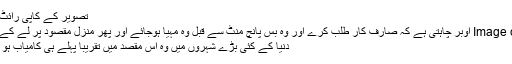
تصویر کے کاپی رائٹ UBER
Image caption اوبر چاہتی ہے کہ صارف کار طلب کرے اور وہ بس پانچ منٹ سے قبل وہ مہیا ہوجائے اور پھر منزل مقصود پر لے کے چل پڑے
دنیا کے کئی بڑے شہروں میں وہ اس مقصد میں تقریباً پہلے ہی کامیاب ہو چکی ہے۔